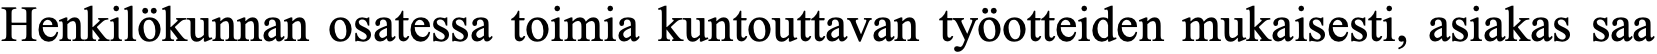
Henkilökunnan osatessa toimia kuntouttavan työotteiden mukaisesti, asiakas saa